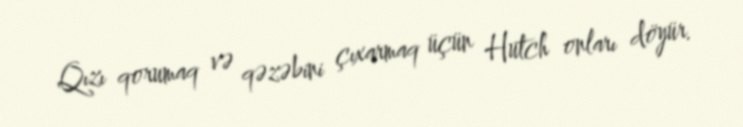
Qızı qorumaq və qəzəbini çıxarmaq üçün Hutch onları döyür.